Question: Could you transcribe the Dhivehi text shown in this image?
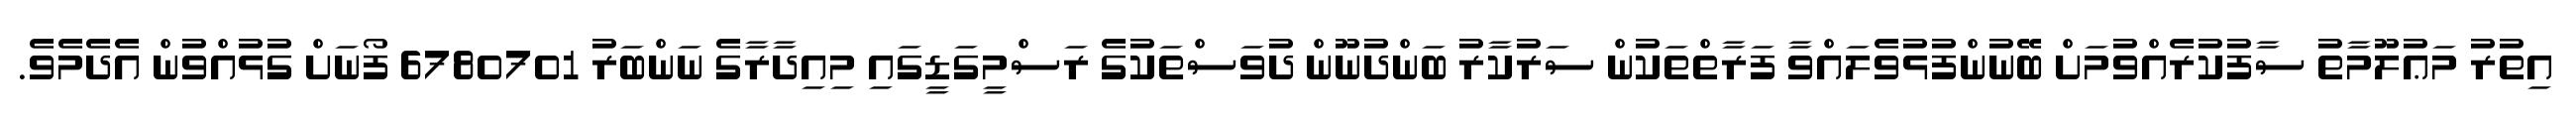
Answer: އިތުރު މަޢުލޫމާތު ސާފުކުރެއްވުމަށް ބޭނުންފުޅުވެލައްވާ ފަރާތްތަކުން ސަރުކާރު ބަންދުނޫން ދުވަސްތަކުގެ ރަސްމީގަޑީގައި މިއިދާރާގެ ނަންބަރު 6780701 ފޯނަށް ގުޅުއްވުން އެދެމެވެ.